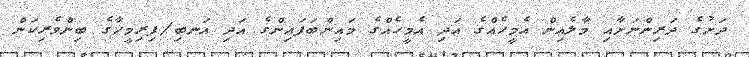
ދަށުގެ ދަރިންނަށާއި މާލެއިން އެމީހެއްގެ އަދި އެމީހެއްގެ މައިންބަފައިންގެ އަދި އަނބި/ފިރިމީހާގެ ބިންވެރިކަން